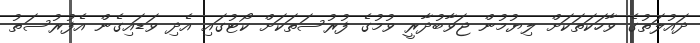
ދައުލަތުގެ ވާހަކަތަކަށް ލިޔުމުން ޖަވާބުދާރީ ވުމުގެ ފުރުސަތަކަށް ކޯޓުގައި އެދި ވަޑައިގެން އެފުރުސަތު